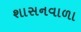
શાસનવાળા